Sketch of the medical history of the native army of Bombay, for the year
Year: 1872
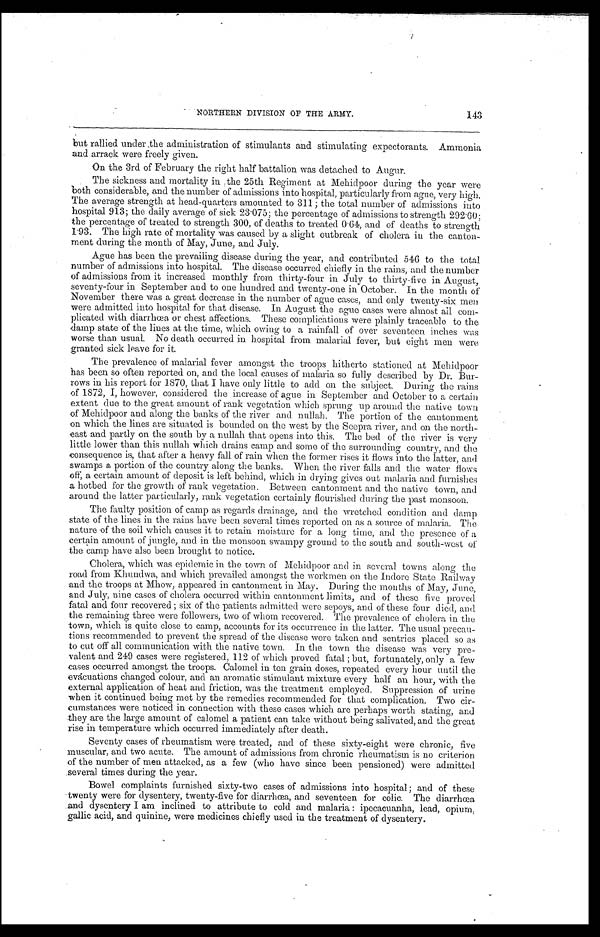
143
NORTHERN DIVISION OF THE ARMY.
but rallied under the administration of stimulants and stimulating expectorants. Ammonia
and arrack were freely given.
On the 3rd of February the right half battalion was detached to Augur.
The sickness and mortality in the 25th Regiment at Mehidpoor during the year were
both considerable, and the number of admissions into hospital, particularly from ague, very high.
The average strength at head-quarters amounted to 311 ; the total number of admissions into
hospital 913 ; the daily average of sick 23 . 075 ; the percentage of admissions to strength 292.60 ;
the percentage of treated to strength 300, of deaths to treated 0 . 64, and of deaths to strength
1.93. The high rate of mortality was caused by a slight outbreak of cholera in the canton-
ment during the month of May, June, and July.
Ague has been the prevailing disease during the year, and contributed 516 to the total
number of admissions into hospital. The disease occurred chiefly in the rains, and the number
of admissions from it increased monthly from thirty-four in July to thirty-five in August,
seventy-four in September and to one hundred and twenty-one in October. In the month of
November there was a great decrease in the number of ague cases, and only twenty-six men
were admitted into hospital for that disease. In August the ague cases were almost all com-
plicated with diarrhœa or chest affections. These complications were plainly traceable to the
damp state of the lines at the time, which owing to a rainfall of over seventeen inches was
worse than usual. No death occurred in hospital from malarial fever, but eight men were
granted sick leave for it.
The prevalence of malarial fever amongst the troops hitherto stationed at Mehidpoor
has been so often reported on, and the local causes of malaria so fully described by Dr. Bur-
rows in his report for 1870, that I have only little to add on the subject. During the rains
of 1872, I, however, considered the increase of ague in September and October to a certain
extent due to the great amount of rank vegetation which sprung up around the native town
of Mehidpoor and along the banks of the river and nullah. The portion of the cantonment
on which the lines are situated is bounded on the west by the Seepra river, and on the north-
east and partly on the south by a nullah that opens into this. The bed of the river is very
little lower than this nullah which drains camp and some of the surrounding country, and the
consequence is, that after a heavy fall of rain when the former rises it flows into the latter, and
swamps a portion of the country along the banks. When the river falls and the water flows
off, a certain amount of deposit is left behind, which in drying gives out malaria and furnishes
a hotbed for the growth of rank vegetation. Between cantonment and the native town, and
around the latter particularly, rank vegetation certainly flourished during the past monsoon.
The faulty position of camp as regards drainage, and the wretched condition and damp
state of the lines in the rains have been several times reported on as a source of malaria. The
nature of the soil which causes it to retain moisture for a long time, and the presence of a
certain amount of jungle, and in the monsoon swampy ground to the south and south-west of
the camp have also been brought to notice.
Cholera, which was epidemic in the town of Mehidpoor and in several towns along the
road from Khundwa, and which prevailed amongst the workmen on the Indore State Railway
and the troops at Mhow, appeared in cantonment in May. During the months of May, June,
and July, nine cases of cholera occurred within cantonment limits, and of these five proved
fatal and four recovered ; six of the patients admitted were sepoys, and of these four died, and
the remaining three were followers, two of whom recovered. The prevalence of cholera in the
town, which is quite close to camp, accounts for its occurrence in the latter. The usual precau-
tions recommended to prevent the spread of the disease were taken and sentries placed so as
to cut off all communication with the native town. In the town the disease was very pre-
valent and 249 cases were registered, 112 of which proved fatal ; but, fortunately, only a few
cases occurred amongst the troops. Calomel in ten grain doses, repeated every hour until the
evacuations changed colour, and an aromatic stimulant mixture every half an hour, with the
external application of heat and friction, was the treatment employed. Suppression of urine
when it continued being met by the remedies recommended for that complication. Two cir-
cumstances were noticed in connection with these cases which are perhaps worth stating, and
they are the large amount of calomel a patient can take without being salivated, and the great
rise in temperature which occurred immediately after death.
Seventy cases of rheumatism were treated, and of these sixty-eight were chronic, five
muscular, and two acute. The amount of admissions from chronic rheumatism is no criterion
of the number of men attacked, as a few (who have since been pensioned) were admitted
several times during the year.
Bowel complaints furnished sixty-two cases of admissions into hospital ; and of these
twenty were for dysentery, twenty-five for diarrhœa, and seventeen for colic. The diarrhœa
and dysentery I am inclined to attribute to cold and malaria : ipecacuanha, lead, opium;
gallic acid, and quinine, were medicines chiefly used in the treatment of dysentery.